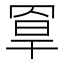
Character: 𦋃